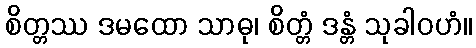
စိတ္တဿ ဒမထော သာဓု၊ စိတ္တံ ဒန္တံ သုခါဝဟံ။